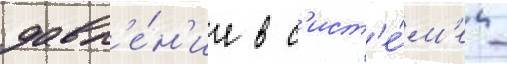
давл'е́н'ие в с'ист'е́м'е -